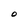
Character: O